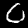
Digit: 0